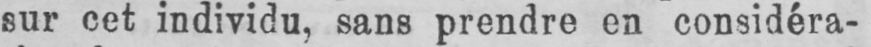
sur cet individu, sans prendre en considéra-